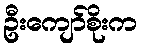
ဦးကျော်စိုးက